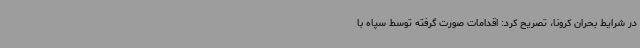
در شرایط بحران کرونا، تصریح کرد: اقدامات صورت گرفته توسط سپاه با